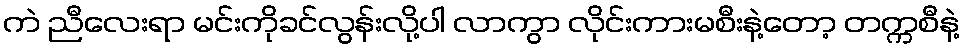
ကဲ ညီလေးရာ မင်းကိုခင်လွန်းလို့ပါ လာကွာ လိုင်းကားမစီးနဲ့တော့ တက္ကစီနဲ့